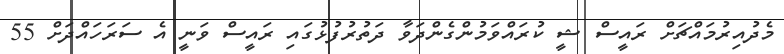
މެދުއިރުމައްޗަށް ރައީސް ޝީ ކުރައްވަމުންގެންދަވާ ދަތުރުފުޅުގައި ރައީސް ވަނީ އެ ސަރަހައްދަށް 55